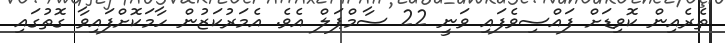
ތެރެއިން ކޮވިޑަށް ފައްސިވެފައި ވަނީ 22 ސާމްޕަލް އެވެ. އެމަރުކަޒުން ހާމަކޮށްފައިވާ ގޮތުގައި